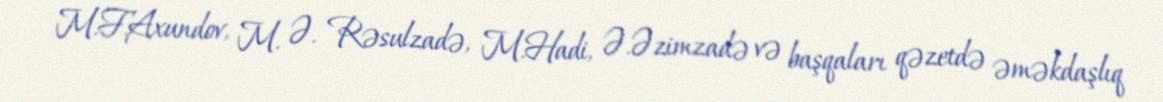
M.F.Axundov, M. Ə. Rəsulzadə, M.Hadi, Ə.Əzimzadə və başqaları qəzetdə əməkdaşlıq